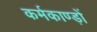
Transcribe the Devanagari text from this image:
कर्मकाण्ड़ों